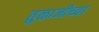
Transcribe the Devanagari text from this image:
तुळाजीच्या